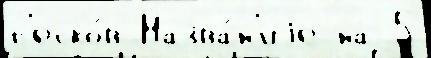
п'еско́в Назва́н'иjе на 5